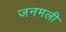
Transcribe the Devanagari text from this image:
जनमली